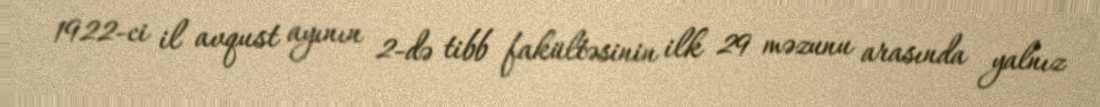
1922-ci il avqust ayının 2-də tibb fakültəsinin ilk 29 məzunu arasında yalnız